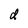
Character: d